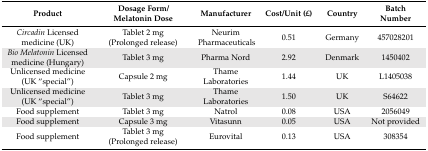
| Product | Dosage Form/Melatonin Dose | Manufacturer | Cost/Unit (£) | Country | Batch Number |
 | --- | --- | --- | --- | --- | --- |
 | Circadin Licensed medicine (UK) | Tablet 2 mg (Prolonged release) | Neurim Pharmaceuticals | 0.51 | Germany | 457028201 |
 | Bio Melatonin Licensed medicine (Hungary) | Tablet 3 mg | Pharma Nord | 2.92 | Denmark | 1450402 |
 | Unlicensed medicine (UK “special”) | Capsule 2 mg | Thame Laboratories | 1.44 | UK | L1405038 |
 | Unlicensed medicine (UK “special”) | Tablet 3 mg | Thame Laboratories | 1.50 | UK | S64622 |
 | Food supplement | Tablet 3 mg | Natrol | 0.08 | USA | 2056049 |
 | Food supplement | Capsule 3 mg | Vitasunn | 0.05 | USA | Not provided |
 | Food supplement | Tablet 3 mg (Prolonged release) | Eurovital | 0.13 | USA | 308354 |